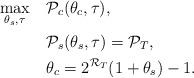
LaTeX: \begin{align*}\max_{\theta_s, \tau} \quad&\mathcal{P}_c(\theta_c, \tau), \\ \quad&\mathcal{P}_s(\theta_s, \tau) = \mathcal{P}_T, \\& \theta_c = 2^{\mathcal{R}_T}(1 + \theta_s) - 1.\end{align*}